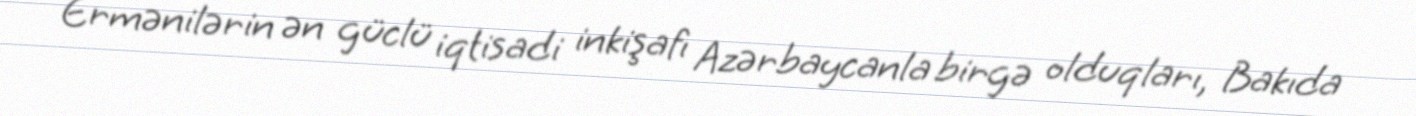
Ermənilərin ən güclü iqtisadi inkişafı Azərbaycanla birgə olduqları, Bakıda